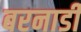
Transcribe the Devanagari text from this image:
बरनार्डी